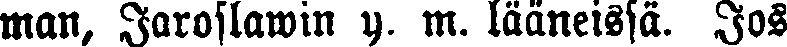
man, Jaroslawin y. m. lääneissä. Jos